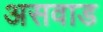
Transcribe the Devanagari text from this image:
असवाड